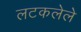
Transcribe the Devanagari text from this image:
लटकलेले